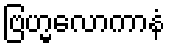
ဗြဟ္မလောကာနံ